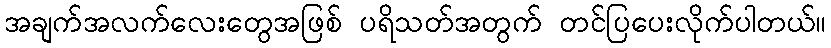
အချက်အလက်လေးတွေအဖြစ် ပရိသတ်အတွက် တင်ပြပေးလိုက်ပါတယ်။